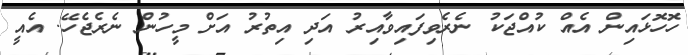
ހޮހޮޅައިން އެއް ކުއްޖަކު ނެރެވިފައިވާއިރު އަދި އިތުރު އަށް މީހުން ނެރެޖެހޭ. އެއީ